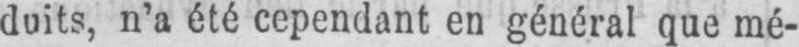
duits, n’a été cependant en général que mé-